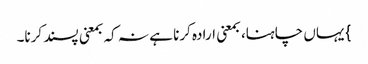
} یہاں چاہنا، بمعنی ارادہ کرنا ہے نہ کہ بمعنی پسند کرنا۔